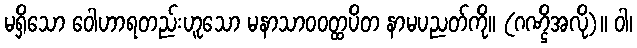
မရှိသော ဝေါဟာရတည်းဟူသော မနာသာဝဝတ္ထပိတ နာမပညတ်ကို။ (ဂဏ္ဌိအလို)။ ဝါ၊